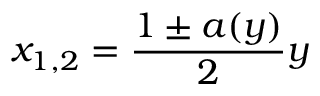
x _ { 1 , 2 } = \frac { 1 \pm a ( y ) } { 2 } y